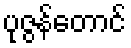
ပုဇွန်တောင်